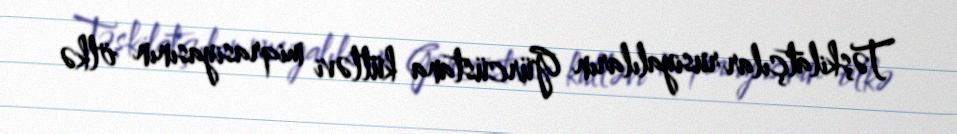
Təşkilatçılar rusiyalıların Gürcüstana kütləvi miqrasiyasının ölkə